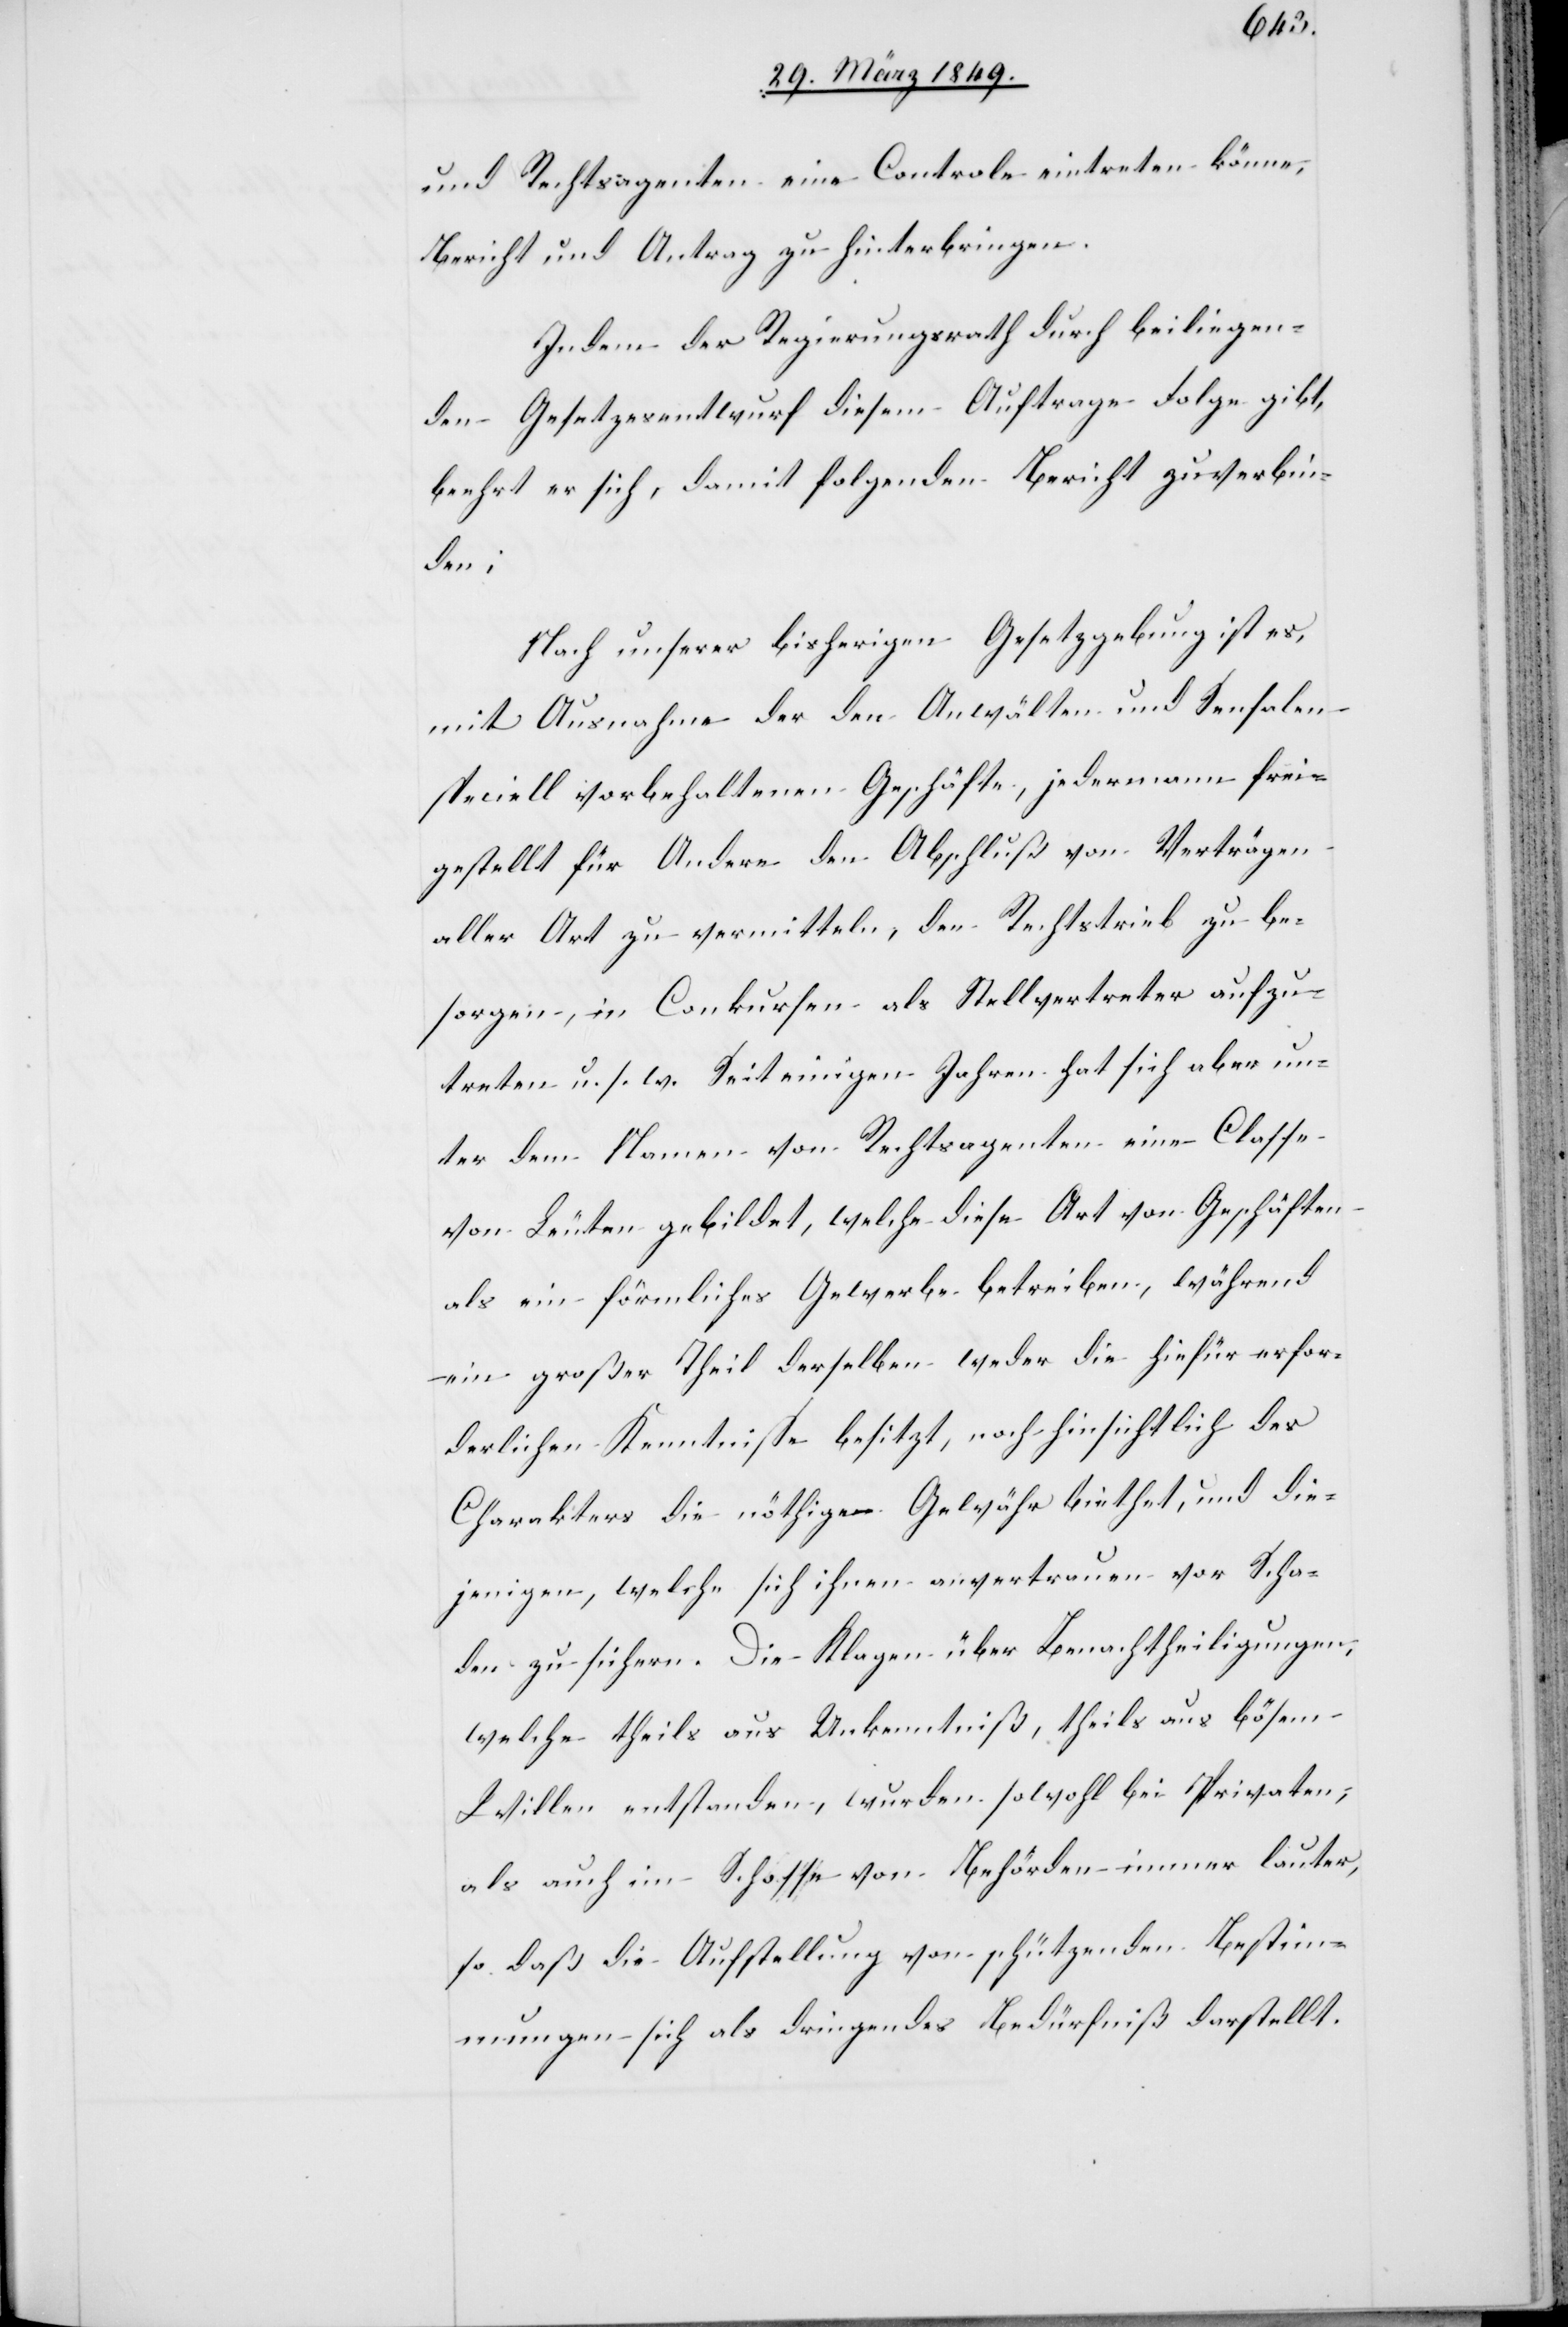
und Rechtsagenten eine Controle eintreten könne,
Bericht und Antrag zu hinterbringen.
Indem der Regierungsrath durch beiliegen¬
den Gesetzesentwurf diesem Auftrage Folge gibt,
beehrt er sich, damit folgenden Bericht zu verbin¬
die¬
Nach unserer bisherigen Gesetzgebung ist es,
mit Ausnahme der den Anwälten und Sensalen
speciell vorbehaltenen Geschäfte, jedermann frei¬
gestellt für Andere den Abschluß von Verträgen
aller Art zu vermitteln, den Rechtstrieb zu be¬
sorgen, in Conkursen als Stellvertreter aufzu¬
treten u. s. w. Seit einigen Jahren hat sich aber un¬
ter dem Namen von Rechtsagenten eine Classe
von Leuten gebildet, welche diese Art von Geschäften
als ein förmliches Gewerbe betreiben, während
ein großer Theil derselben weder die hiefür erfor¬
derlichen Kenntnisse besitzt, noch hinsichtlich des
Charakters die nöthige Gewähr biethet, und [?um]
jenigen, welche sich ihnen anvertrauen vor Scha¬
den zu sichern. Die Klagen über Benachtheiligungen,
welche theils aus Unkenntniß, theils aus bösem
Willen entstanden, wurden sowohl bei Privaten,
als auch im Schosse von Behörden immer lauter,
so daß die Aufstellung von schützenden Bestim¬
mungen sich als dringendes Bedürfniß darstellt.